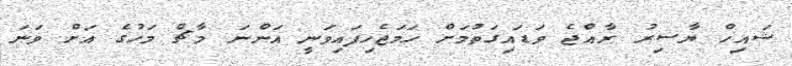
ޝައިހް ޔާސިރު ރާއްޖެ ވަޑައިގަތުމަށް ހަމަޖެހިފައިވަނީ އަންނަ މާޗް މަހުގެ އަށް ވަނަ